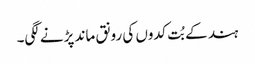
ہند کے بُت کدوں کی رونق ماند پڑنے لگی۔